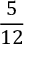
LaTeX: \frac { 5 } { 1 2 }